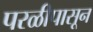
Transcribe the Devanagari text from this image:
परळीपासून